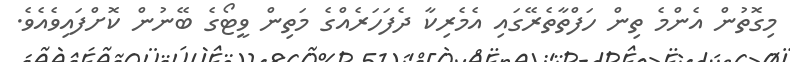
މިގޮތުން އެންމެ ތިން ހަފްތާތެރޭގައި އެމެރިކާ ދެފަހަރެއްގެ މަތިން ވީޓޯގެ ބޭނުން ކޮށްފައިވެއެވެ.